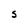
Character: S